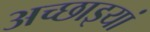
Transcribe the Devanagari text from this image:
अच्छाइयां